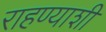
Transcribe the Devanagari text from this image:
राहण्याशी